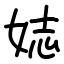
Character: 娡